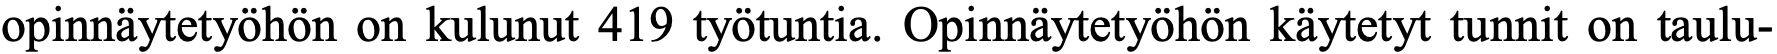
opinnäytetyöhön on kulunut 419 työtuntia. Opinnäytetyöhön käytetyt tunnit on taulu-